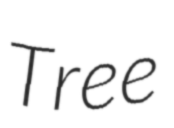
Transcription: Tree